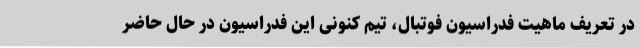
در تعریف ماهیت فدراسیون فوتبال، تیم کنونی این فدراسیون در حال حاضر